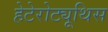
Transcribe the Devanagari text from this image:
हेटेरोट्यूथिस